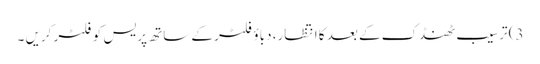
3) ترسیب ٹھنڈک کے بعد کا انتظار، دباؤ فلٹر کے ساتھ پریس کو فلٹر کریں ۔